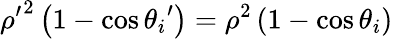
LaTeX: {\rho^{\prime}}^{2}\left(1-\cos{\theta_{i}}^{\prime}\right)=\rho^{2}\left(1-\cos\theta_{i}\right)